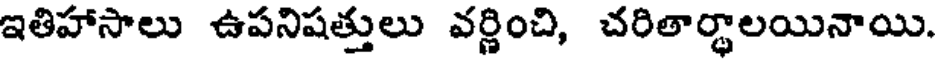
ఇతిహాసాలు ఉపనిషత్తులు వర్ణించి, చరితార్థాలయినాయి.